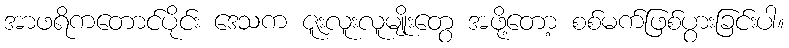
အာဖရိကတောင်ပိုင်း ဒေသက ဇူးလူးလူမျိုးတွေ အဖို့တော့ စစ်မက်ဖြစ်ပွားခြင်းပါ။